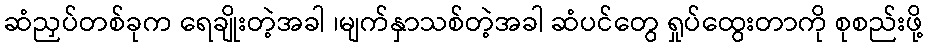
ဆံညှပ်တစ်ခုက ရေချိုးတဲ့အခါ ၊မျက်နှာသစ်တဲ့အခါ ဆံပင်တွေ ရှုပ်ထွေးတာကို စုစည်းဖို့